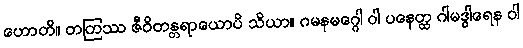
ဟောတိ။ တတြဿ ဇီဝိတန္တရာယောပိ သိယာ။ ဂမနမဂ္ဂေါ ဝါ ပနေတ္ထ ဂါမဒွါရေန ဝါ